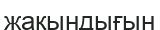
жақындығын